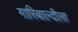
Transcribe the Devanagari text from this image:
गारिबाल्दीला